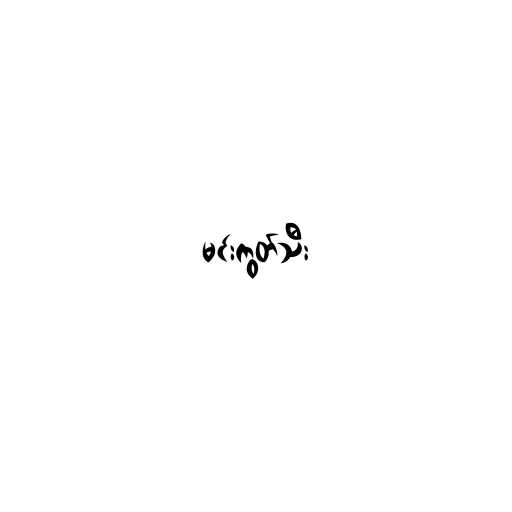
မင်းကွတ်သီး